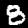
Digit: 8